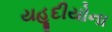
યહૂદીયોના